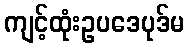
ကျင့်ထုံးဥပဒေပုဒ်မ